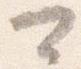
可